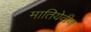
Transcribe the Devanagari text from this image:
मातियेवीण